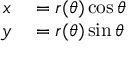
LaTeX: \begin{array} { r l } { x } & { { } = r ( \theta ) \cos \theta } \\ { y } & { { } = r ( \theta ) \sin \theta } \end{array}